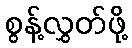
စွန့်လွှတ်ဖို့